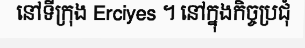
នៅទីក្រុង Erciyes ។ នៅក្នុងកិច្ចប្រជុំ